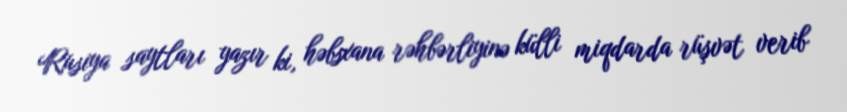
Rusiya saytları yazır ki, həbsxana rəhbərliyinə külli miqdarda rüşvət verib